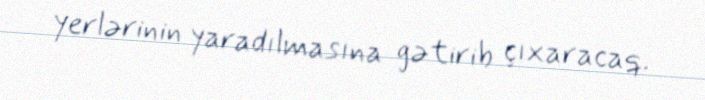
yerlərinin yaradılmasına gətirib çıxaracaq.